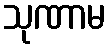
သုဏာမ